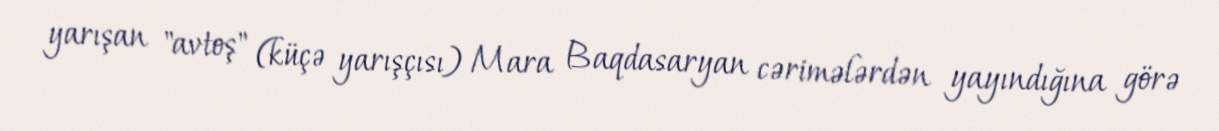
yarışan "avtoş" (küçə yarışçısı) Mara Baqdasaryan cərimələrdən yayındığına görə